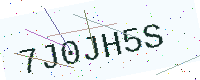
Text: 7J0JH5S